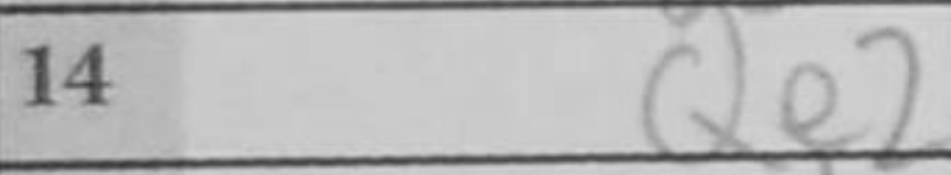
Transcription: Qe2